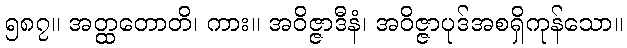
၅၈၇။ အတ္ထတောတိ၊ ကား။ အဝိဇ္ဇာဒီနံ၊ အဝိဇ္ဇာပုဒ်အစရှိကုန်သော။